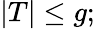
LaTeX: |T|\leq g;